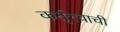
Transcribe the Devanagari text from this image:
कर्तृत्त्वाची